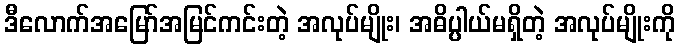
ဒီလောက်အမြော်အမြင်ကင်းတဲ့ အလုပ်မျိုး၊ အဓိပ္ပါယ်မရှိတဲ့ အလုပ်မျိုးကို